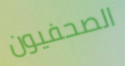
الصحفيون